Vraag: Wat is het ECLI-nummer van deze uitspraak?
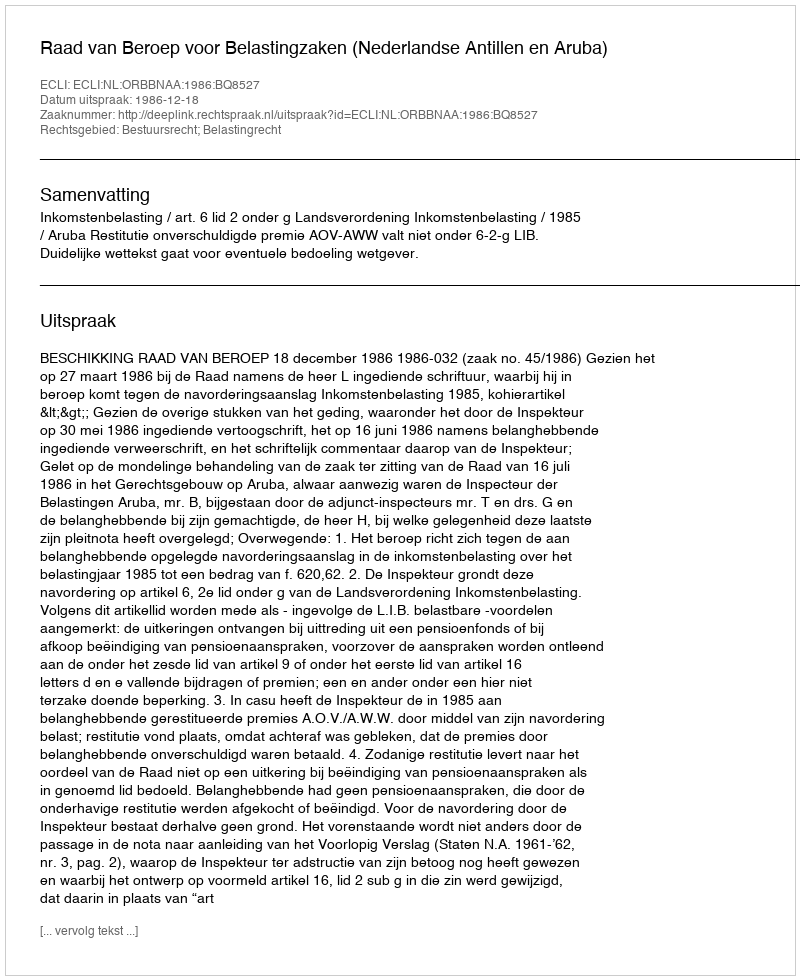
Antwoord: ECLI:NL:ORBBNAA:1986:BQ8527